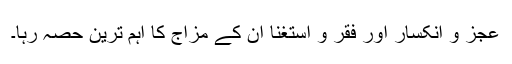
عجز و انکسار اور فقر و استغنا ان کے مزاج کا اہم ترین حصہ رہا۔